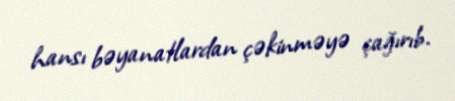
hansı bəyanatlardan çəkinməyə çağırıb.